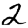
Digit: 2